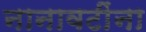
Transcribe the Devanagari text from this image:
नानावटींना